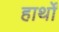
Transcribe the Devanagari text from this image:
हार्थों